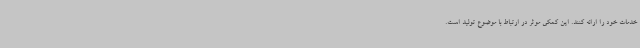
خدمات خود را ارائه کنند. این کمکی موثر در ارتباط با موضوع تولید است.